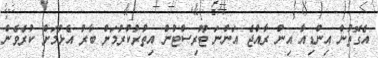
އެގޮތުން އިންޑިއާ އިން ރާއްޖެ އަންނަ ޓޫރިސްޓުން އިތުރުކުރުމަށް ބާރު އެޅުމަށް ކުރެވެން